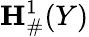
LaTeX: {\mathbf{H}}_{\# }^{1}(Y)